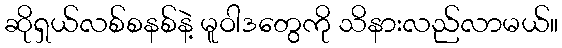
ဆိုရှယ်လစ်စနစ်နဲ့ မူဝါဒတွေကို သိနားလည်လာမယ်။